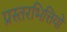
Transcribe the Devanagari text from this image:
प्रस्तरभित्तियों